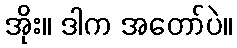
အိုး။ ဒါက အတော်ပဲ။